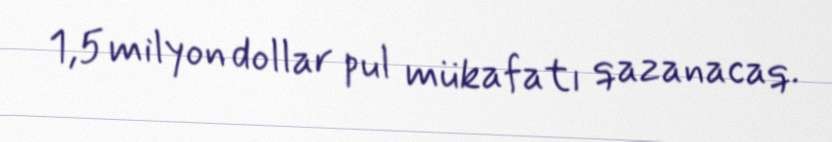
1,5 milyon dollar pul mükafatı qazanacaq.